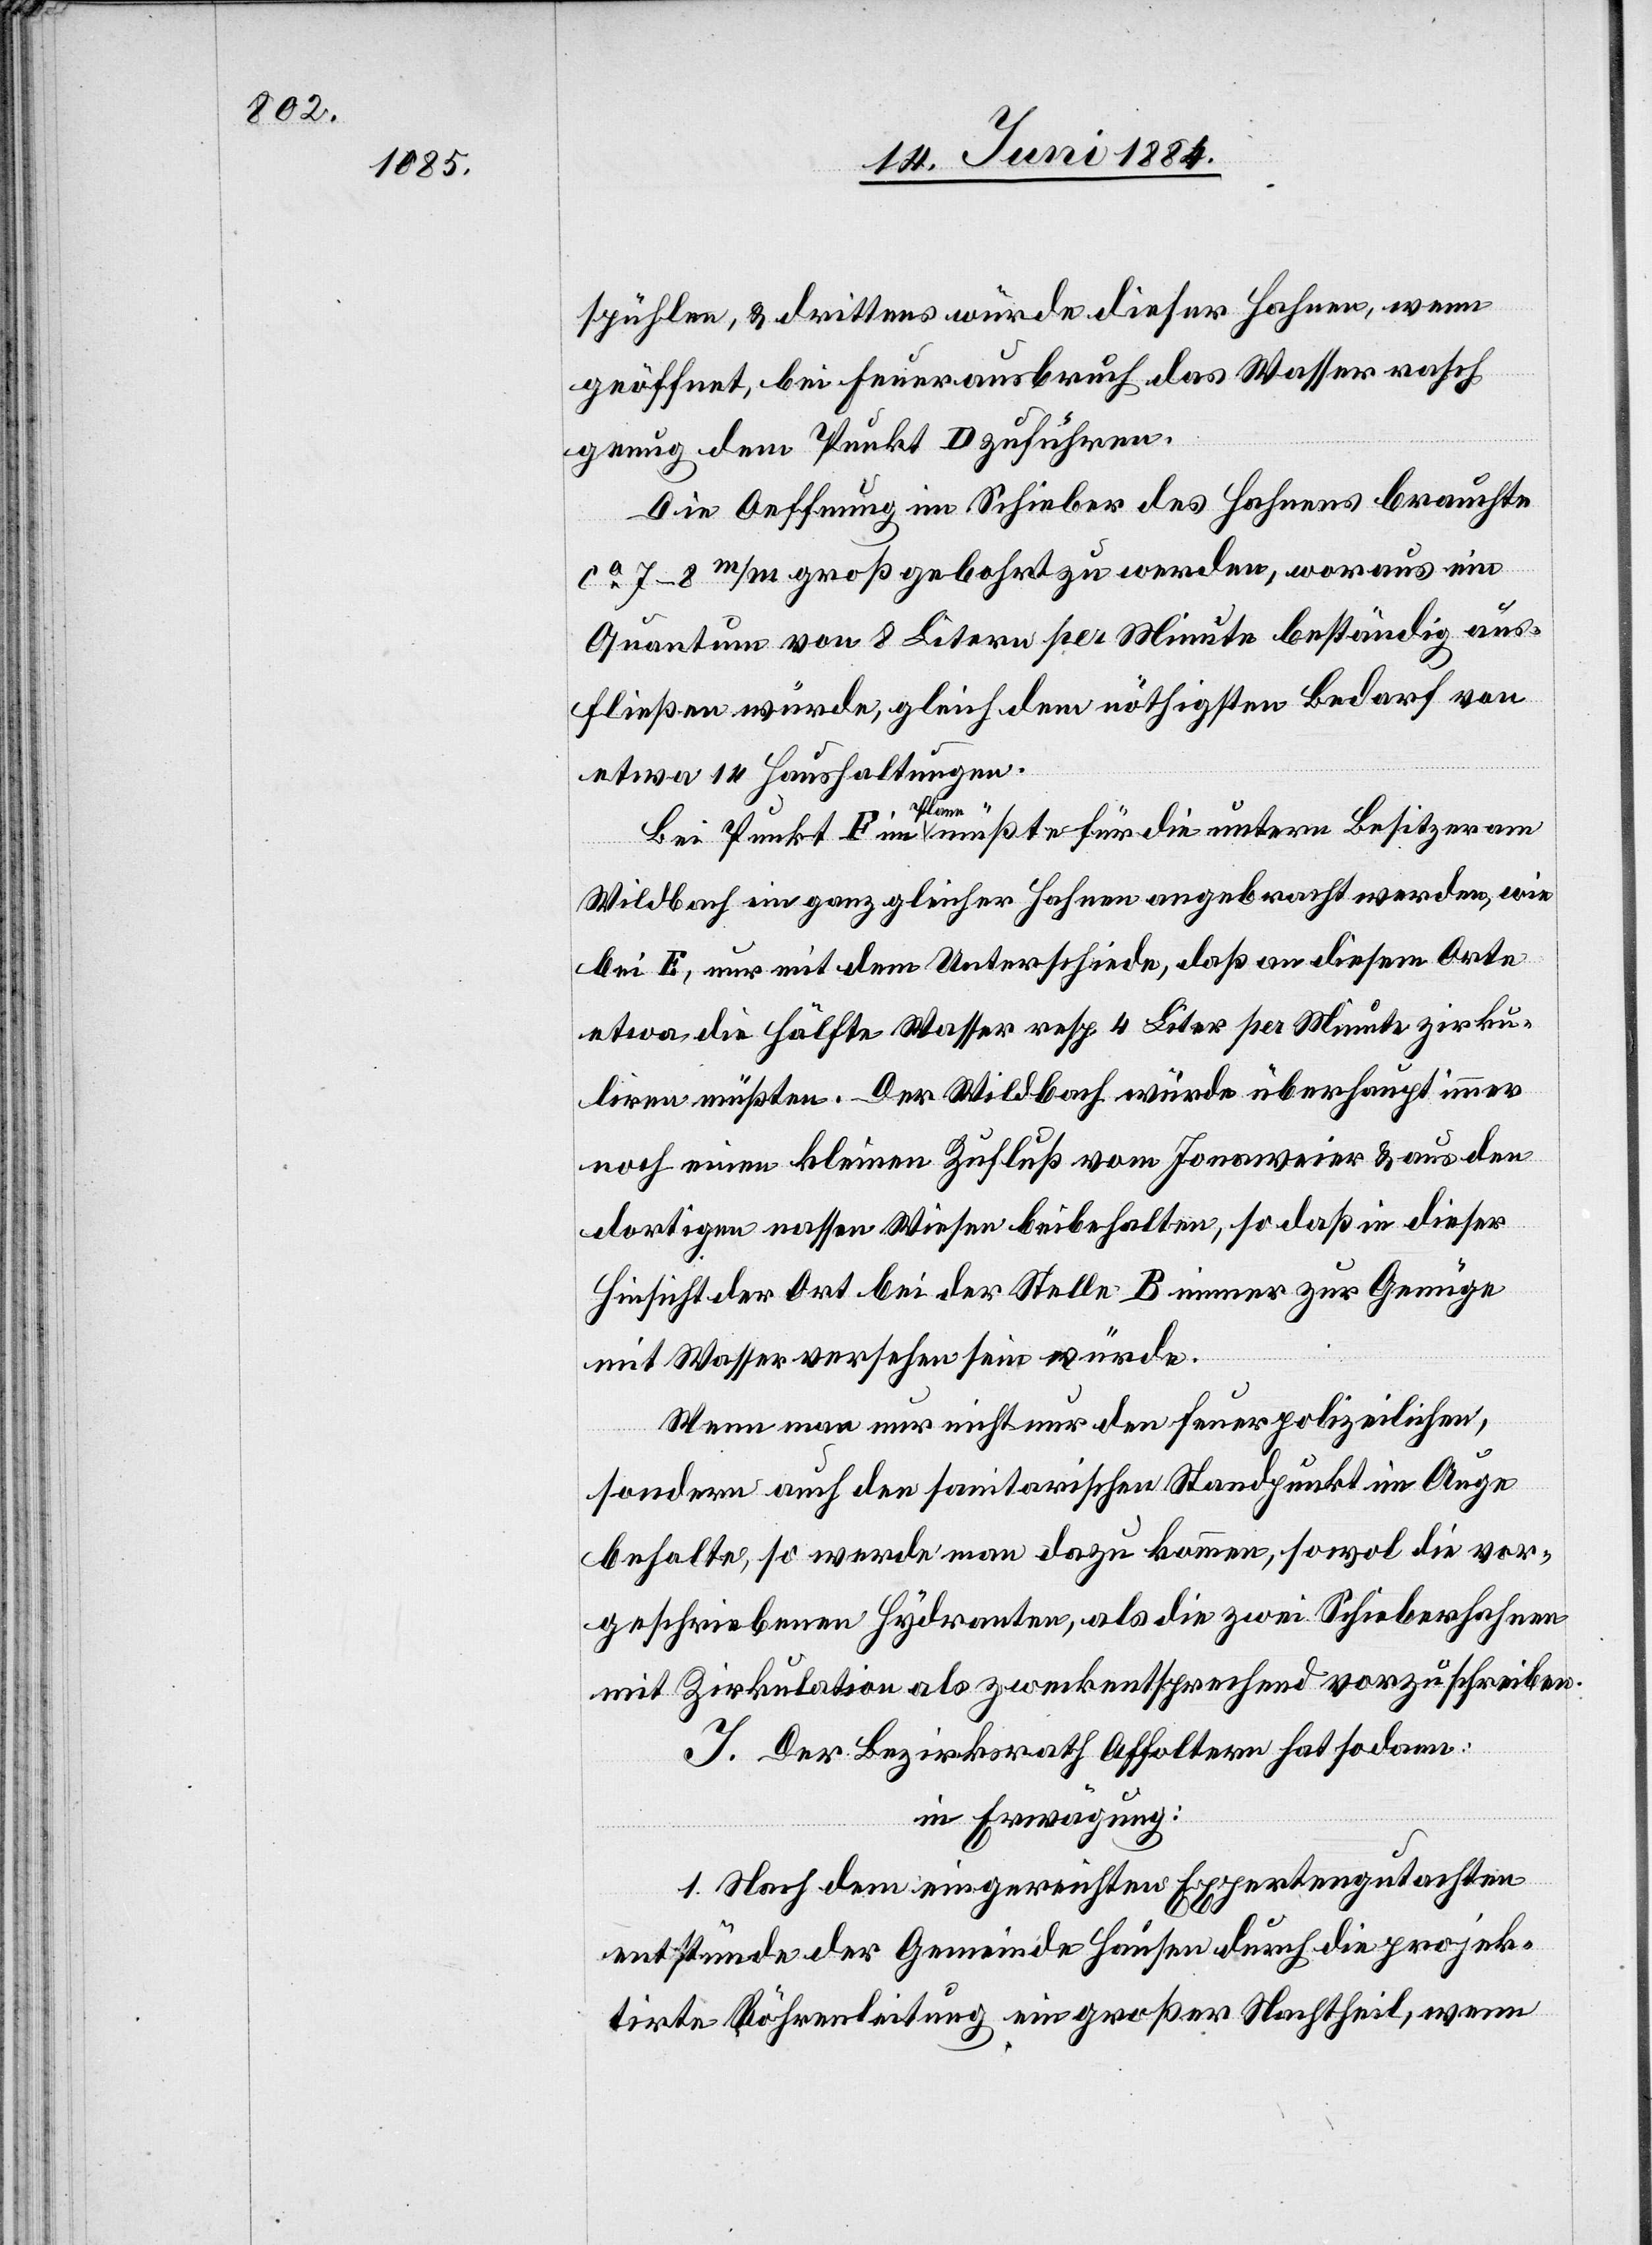
spühlen, & drittens würde dieser Hahnen, wenn
geöffnet, bei Feuerausbruch das Wasser rasch
genug dem Punkt D zuführen.
Die Oeffnung im Schieber des Hahnens brauchte
man nur
ca 7–8 m/m groß gebohrt zu werden, woraus ein
Quantum von 8 Litern per Minute beständig aus¬
fließen würde, gleich dem nöthigen Bedarf von
etwa 14 Haushaltungen.
Bei Punkt F im Plane müßte für die untern Besitzer am
Wilbach ein ganz gleicher Hahnen angebracht werden, wie
bei E, nur mit dem Unterschiede, daß an diesem Orte
etwa die Hälfte Wasser resp. 4 Liter per Minute zirku¬
liren müßten. Der Wildbach würde überhaupt immer
noch einen kleinen Zufluß vom Jonenweier & aus den
dortigen nassen Wiesen beibehalten, so daß in dieser
Hinsicht der Ort bei der Stelle B immer zur Genüge
mit Wasser versehen sein würde.
[recte: nun] nicht nur den feuerpolizeilichen,
sondern auch den sanitarischen Standpunkt im Auge
behalte, so werde man dazu kommen, sowol die vor¬
geschriebenen Hydranten, als die zwei Schieberhahnen
mit Zirkulation als zweckentsprechend vorzuschreiben.
J. Der Bezirksrath Affoltern hat sodann:
in Erwägung:
1. Nach dem eingereichten Expertengutachten
entstünde der Gemeinde Hausen durch die projek¬
tirte Röhrenleitung ein großer Nachtheil, wenn